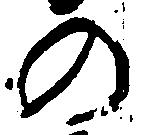
の